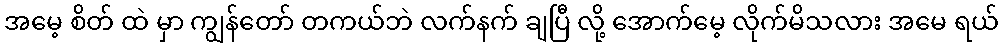
အမေ့ စိတ် ထဲ မှာ ကျွန်တော် တကယ်ဘဲ လက်နက် ချပြီ လို့ အောက်မေ့ လိုက်မိသလား အမေ ရယ်